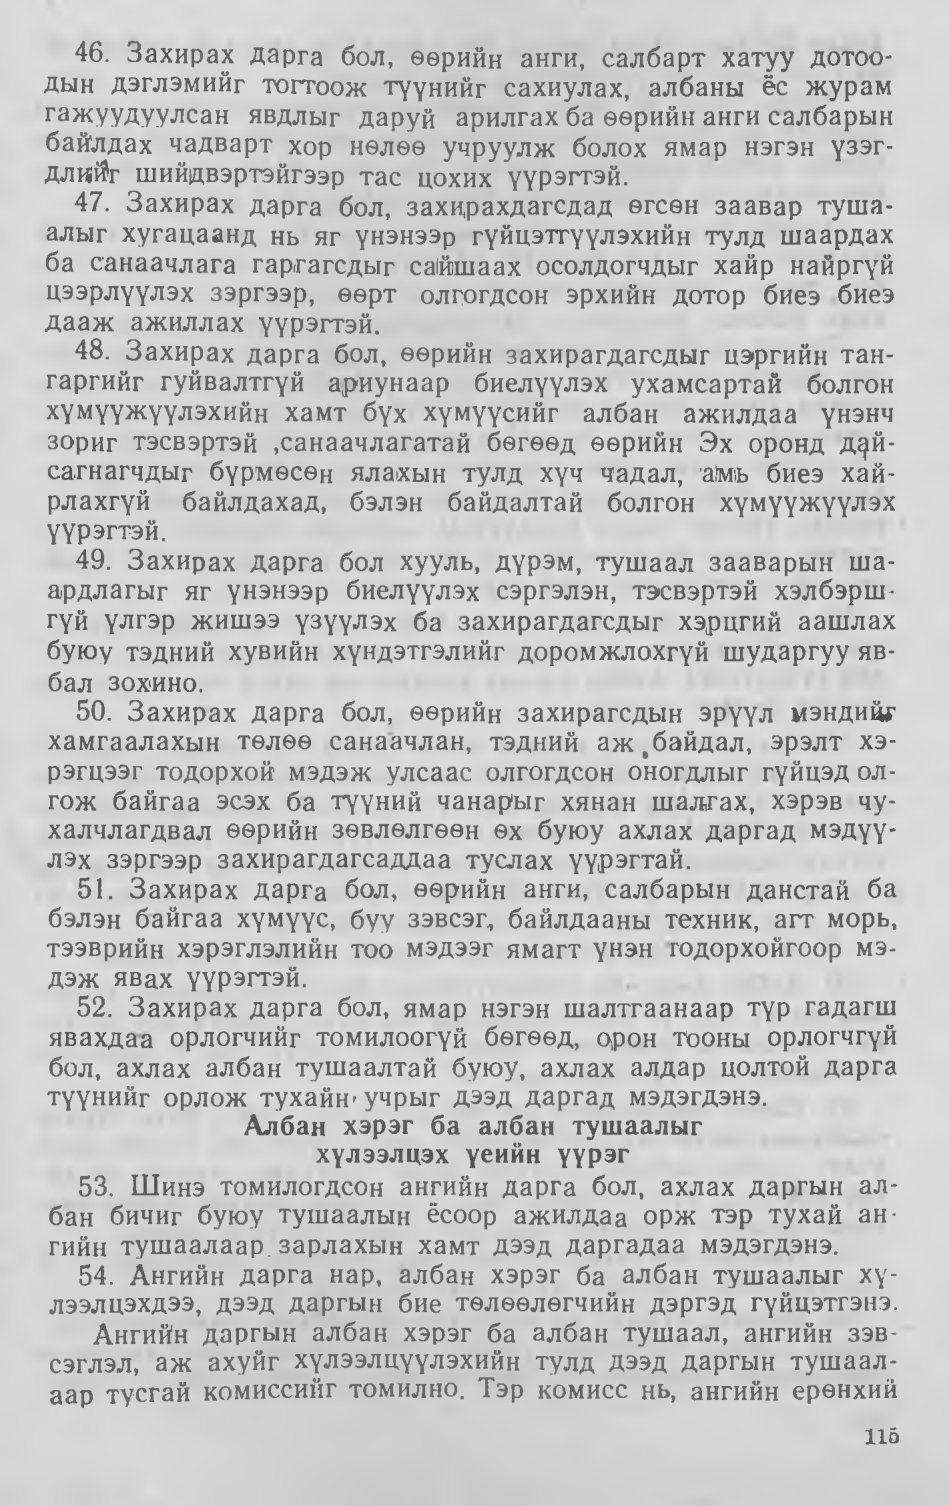
Language: mn